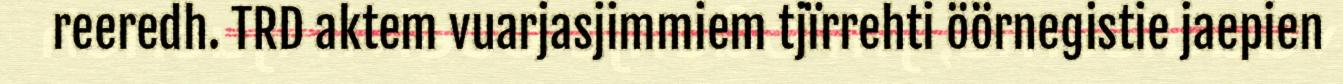
reeredh. TRD aktem vuarjasjimmiem tjïrrehti öörnegistie jaepien